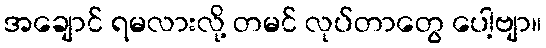
အချောင် ရမလားလို့ တမင် လုပ်တာတွေ ပေါ့ဗျာ။